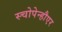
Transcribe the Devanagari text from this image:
स्चोपेन्हौएर